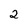
Character: 2